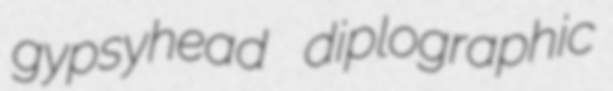
gypsyhead diplographic